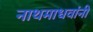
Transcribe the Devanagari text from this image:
नाथमाधवांनी